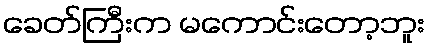
ခေတ်ကြီးက မကောင်းတော့ဘူး